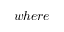
w h e r e